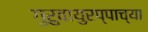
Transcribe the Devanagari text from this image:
गुरुवायुरप्पाच्या